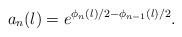
LaTeX: \begin{align*}a_{n}(l)=e^{\phi_{n}(l)/2-\phi_{n-1}(l)/2}.\end{align*}